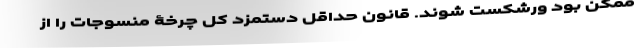
ممکن بود ورشکست شوند. قانونِ حداقلِ دستمزدْ کل چرخۀ منسوجات را از